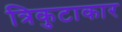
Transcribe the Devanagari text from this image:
त्रिकुटाकार